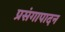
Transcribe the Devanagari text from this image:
प्रसंगापादन